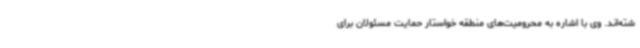
شته‌اند. وی با اشاره به محرومیت‌های منطقه خواستار حمایت مسئولان برای